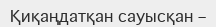
Қиқаңдатқан сауысқан –